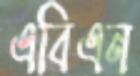
এবিএন